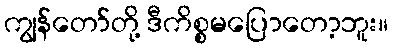
ကျွန်တော်တို့ ဒီကိစ္စမပြောတော့ဘူး။